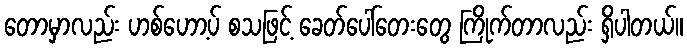
တောမှာလည်း ဟစ်ဟော့ပ် စသဖြင့် ခေတ်ပေါ်တေးတွေ ကြိုက်တာလည်း ရှိပါတယ်။